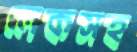
লেকসহ